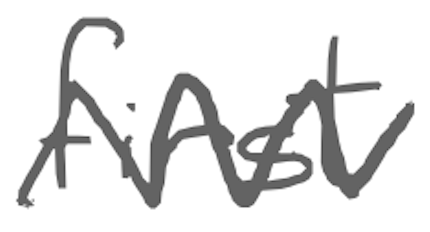
Text: first
Cross-out: zig-zag
Writing tool: digital_gray